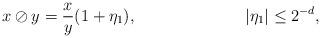
LaTeX: \begin{align*}&x\oslash y=\frac{x}{y}(1+\eta_1), & |\eta_1|\le 2^{-d},\end{align*}